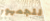
للجمهور